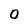
Character: 0